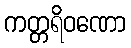
ကတ္တရိဝဏော